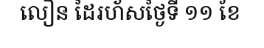
លឿន ដៃរហ័សថ្ងៃទី ១១ ខែ